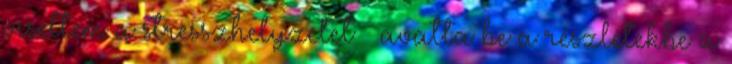
viseltem a stresszhelyzetet – avatta be a részletekbe a